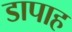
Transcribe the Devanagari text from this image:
डापाह